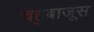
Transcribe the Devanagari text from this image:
चहुबाजूस